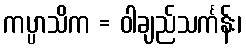
ကပ္ပာသိက = ဝါချည်သင်္ကန်း၊